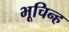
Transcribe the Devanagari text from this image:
भूचिन्ह